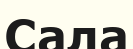
Сала